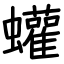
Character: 蠸